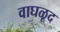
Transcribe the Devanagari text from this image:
वाघळूद